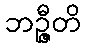
ဘဉ္ဇီတိ